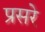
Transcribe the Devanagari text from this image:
प्रसरे